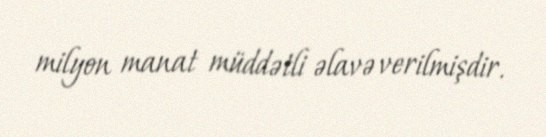
milyon manat müddətli əlavə verilmişdir.